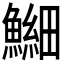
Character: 𫙶